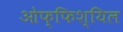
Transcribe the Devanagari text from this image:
ओफ्फिश्यिल